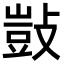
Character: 敱